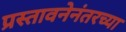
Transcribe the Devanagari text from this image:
प्रस्तावनेनंतरच्या